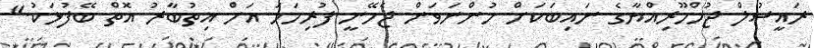
ރައީސުލް ޖުމްހޫރިއްޔާގެ ނައިބަަކަށް ހުންނަވަން ޖެހޭނީ ފުރިހަމަ އަށް އިތުބާރު އޮތް ބޭފުޅަކު."